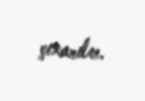
çıxarılır.